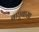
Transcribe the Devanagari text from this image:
बाघूबासा